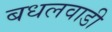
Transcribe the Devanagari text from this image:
बधलवाडी